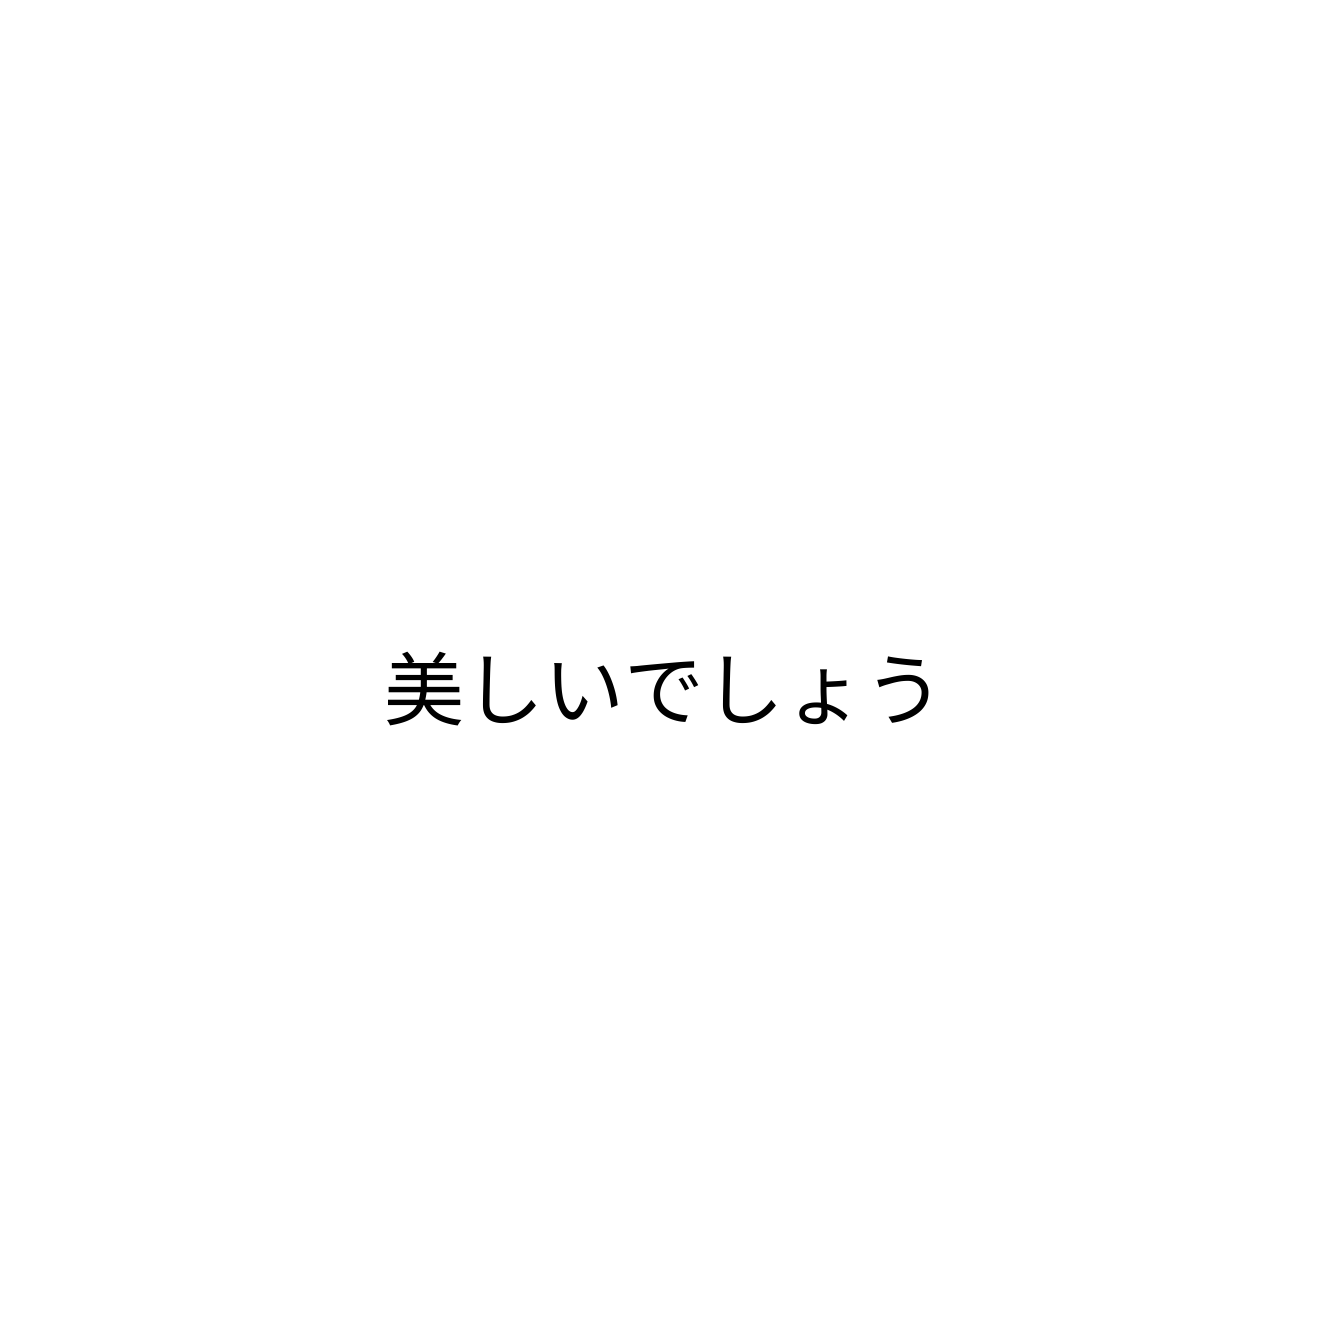
美しいでしょう